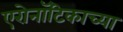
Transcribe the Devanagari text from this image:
एरोनॉटिकाच्या